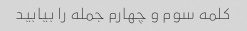
کلمه سوم و چهارم جمله را بیابید